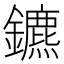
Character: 鑣